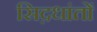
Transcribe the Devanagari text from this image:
सिद़धांतों